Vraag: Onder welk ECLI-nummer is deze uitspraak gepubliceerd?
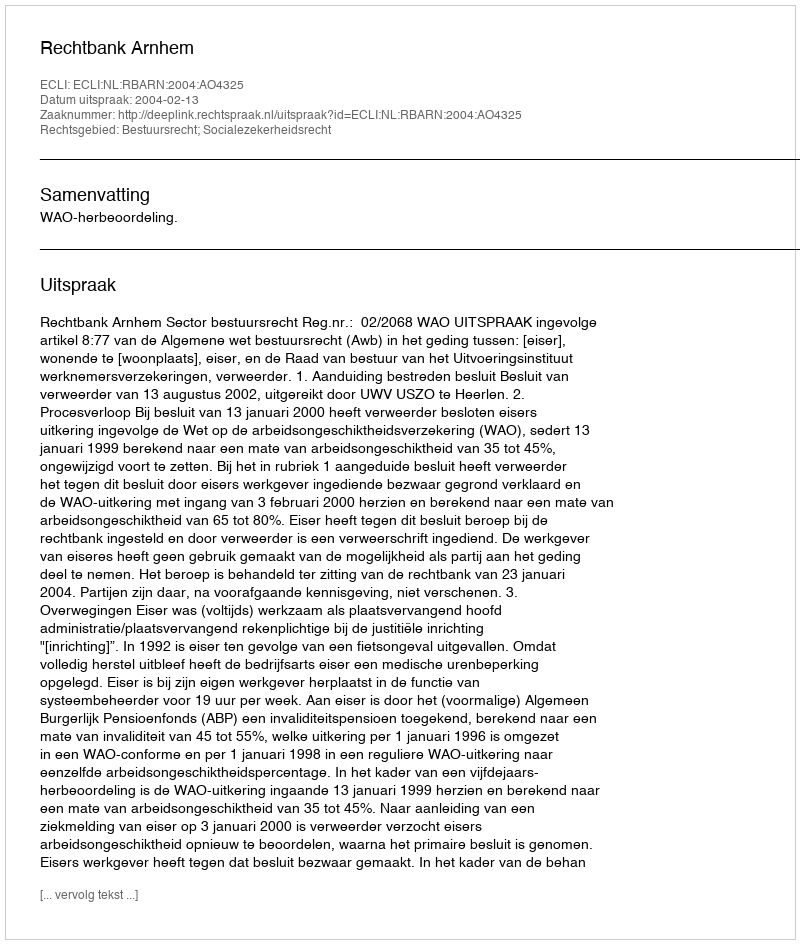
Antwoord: ECLI:NL:RBARN:2004:AO4325